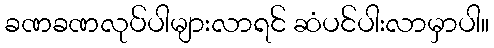
ခဏခဏလုပ်ပါများလာရင် ဆံပင်ပါးလာမှာပါ။